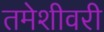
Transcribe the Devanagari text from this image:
तमेशीवरी